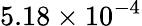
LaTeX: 5.18\times{{10}^{-4}}